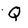
Character: Q